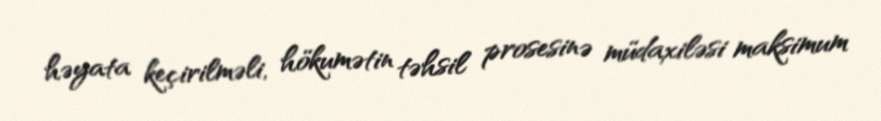
həyata keçirilməli, hökumətin təhsil prosesinə müdaxiləsi maksimum